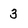
Character: 3